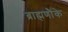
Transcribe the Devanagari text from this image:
ब्राह्मणौंके